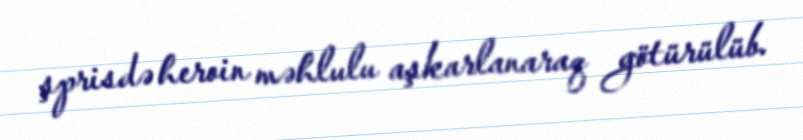
şprisdə heroin məhlulu aşkarlanaraq götürülüb.